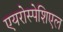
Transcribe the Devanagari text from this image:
एयरोस्पेशिएल